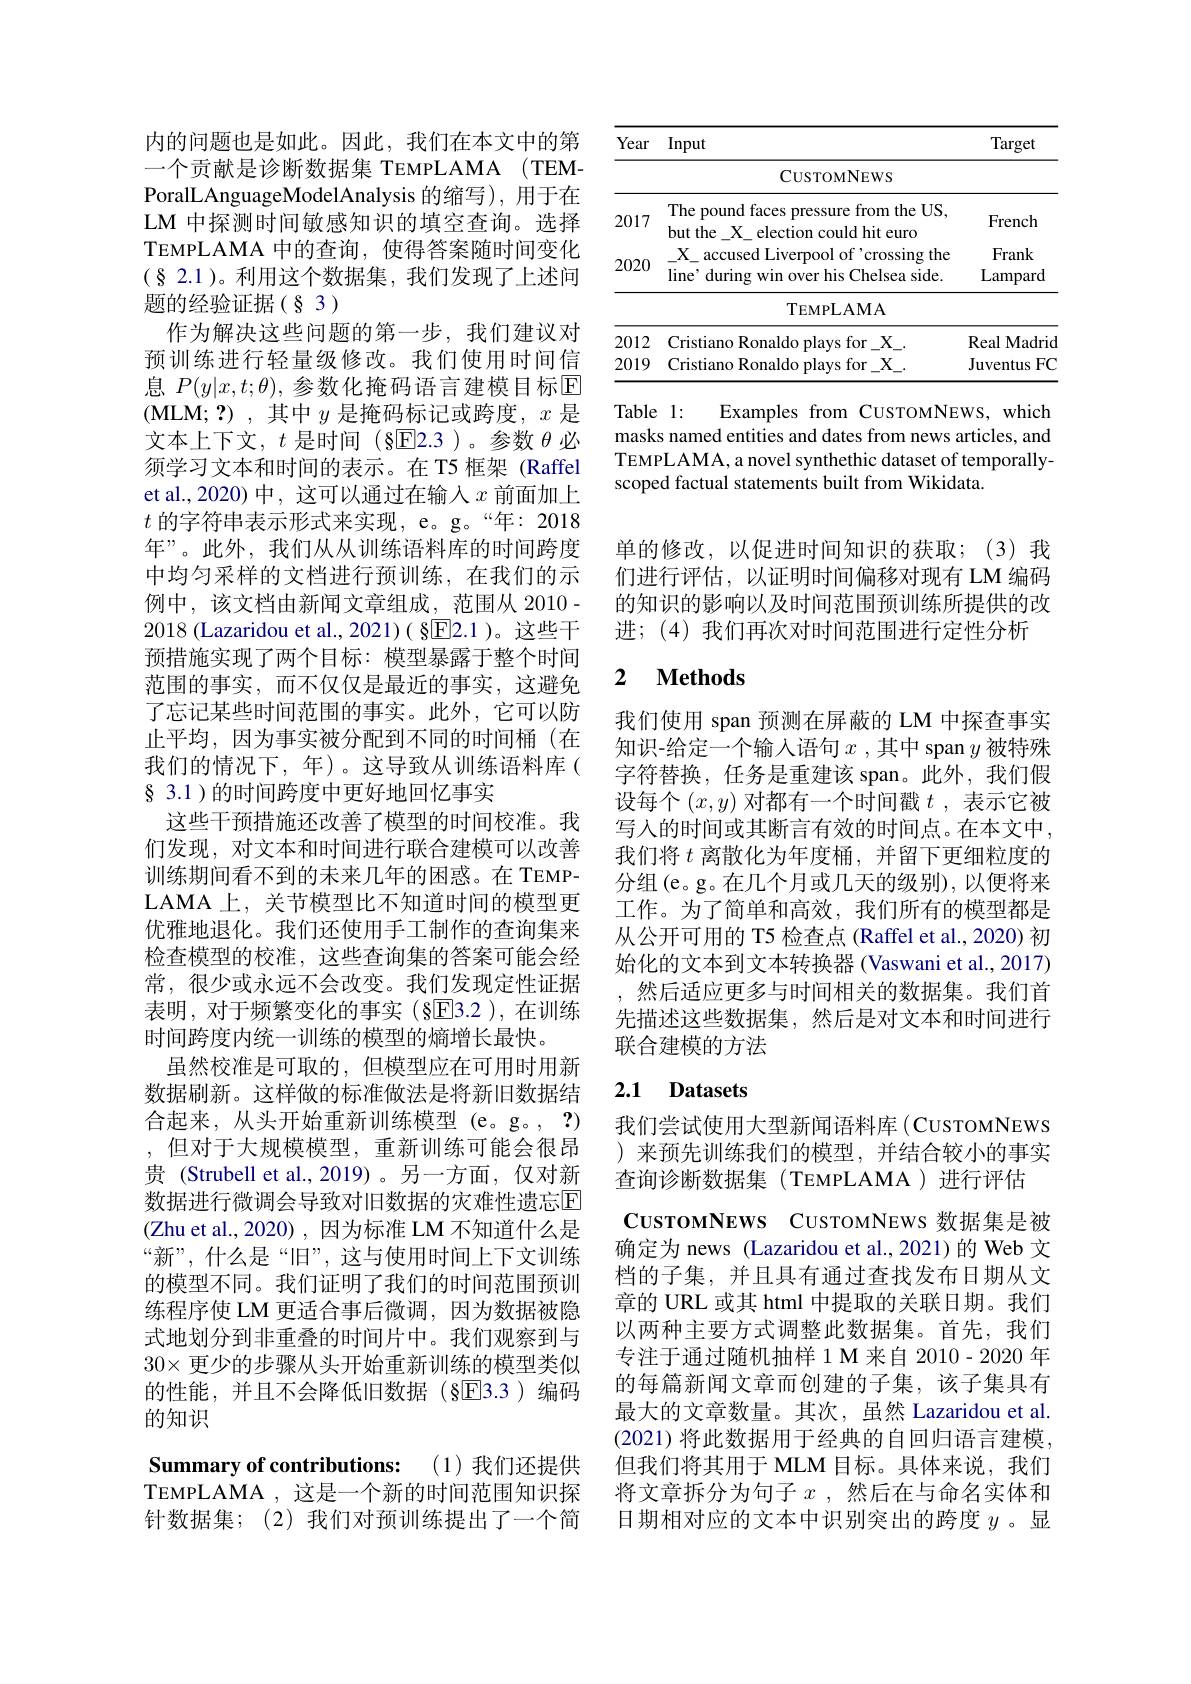
内的问题也是如此。因此，我们在本文中的第一个贡献是诊断数据集 TEMPLAMA(TEMPoralLAnguageModelAnalysis 的缩写),用于在LM 中探测时间敏感知识的填空查询。选择TEMPLAMA 中的查询，使得答案随时间变化$(\S$ 2.1)。利用这个数据集，我们发现了上述问题的经验证据(§3)
作为解决这些问题的第一步，我们建议对预训练进行轻量级修改。我们使用时间信息$P(y|x,t;\theta)$,参数化掩码语言建模目标回(MLM;?),其中$y$是掩码标记或跨度，$x$是文本上下文，$t$是时间 (§E2.3)。参数$\theta$必须学习文本和时间的表示。在 T5 框架 (Raffel et al.,2020) 中，这可以通过在输入$x$前面加上$t$的字符串表示形式来实现，e。g。“年：2018年”。此外，我们从从训练语料库的时间跨度中均匀采样的文档进行预训练，在我们的示例中，该文档由新闻文章组成，范围从 2010- 2018 (Lazaridou et al., 2021)( §E2.1 )。这些干预措施实现了两个目标：模型暴露于整个时间范围的事实，而不仅仅是最近的事实，这避免了忘记某些时间范围的事实。此外，它可以防止平均，因为事实被分配到不同的时间桶(在我们的情况下，年)。这导致从训练语料库( § 3.1 )的时间跨度中更好地回忆事实
这些干预措施还改善了模型的时间校准。我们发现，对文本和时间进行联合建模可以改善训练期间看不到的未来几年的困惑。在 TEMPLAMA 上，关节模型比不知道时间的模型更优雅地退化。我们还使用手工制作的查询集来检查模型的校准，这些查询集的答案可能会经常，很少或永远不会改变。我们发现定性证据表明，对于频繁变化的事实(§E3.2),在训练时间跨度内统一训练的模型的熵增长最快。
虽然校准是可取的，但模型应在可用时用新数据刷新。这样做的标准做法是将新旧数据结合起来，从头开始重新训练模型(e。g。, $\mathbf{?})$ ,但对于大规模模型，重新训练可能会很昂贵 (Strubell et al.,2019)。另一方面，仅对新数据进行微调会导致对旧数据的灾难性遗忘$\overline{\mathrm{E}}$ (Zhu et al.,2020),因为标准 LM 不知道什么是“新”, 什么是“旧”, 这与使用时间上下文训练的模型不同。我们证明了我们的时间范围预训练程序使 LM 更适合事后微调，因为数据被隐式地划分到非重叠的时间片中。我们观察到与$30\times$更少的步骤从头开始重新训练的模型类似的性能，并且不会降低旧数据(§回3.3)编码的知识
Summary of contributions: (1)我们还提供

TEMPLAMA ,这是一个新的时间范围知识探针数据集；(2)我们对预训练提出了一个简

<table>
	<tbody>
		<tr>
			<th>Year</th>
			<th>Input</th>
			<th>Target</th>
		</tr>
		<tr>
			<td> </td>
			<td>CUSTOMNEWS</td>
			<td> </td>
		</tr>
		<tr>
			<td>2017</td>
			<td>The pound faces pressure from the US, but the\_X\_election could hit euro</td>
			<td>French</td>
		</tr>
		<tr>
			<td>2012</td>
			<td>Cristiano Ronaldo plays for X</td>
			<td>Real Madrid</td>
		</tr>
		<tr>
			<td>2019</td>
			<td>Cristiano Ronaldo plays for X</td>
			<td>Juventus FC</td>
		</tr>
	</tbody>
</table>

Table 1:
Examples from CusTOMNEWS, which
masks named entities and dates from news articles, and TEMPLAMA, a novel synthethic dataset of temporallyscoped factual statements built from Wikidata.

单的修改，以促进时间知识的获取；(3)我们进行评估，以证明时间偏移对现有 LM 编码的知识的影响以及时间范围预训练所提供的改进；(4)我们再次对时间范围进行定性分析

### 2 $\textbf{Methods}$

我们使用 span 预测在屏蔽的 LM 中探查事实知识-给定一个输入语句$x$ ,其中 span $y$ 被特殊字符替换，任务是重建该 span。此外，我们假设每个$(x,y)$对都有一个时间戳$t$ ,表示它被写入的时间或其断言有效的时间点。在本文中， 我们将$t$离散化为年度桶，并留下更细粒度的分组(e。g。在几个月或几天的级别),以便将来工作。为了简单和高效，我们所有的模型都是从公开可用的 T5 检查点 (Raffel et al., 2020) 初始化的文本到文本转换器 (Vaswani et al., 2017) ,然后适应更多与时间相关的数据集。我们首先描述这些数据集，然后是对文本和时间进行联合建模的方法

## 2.1 Datasets

我们尝试使用大型新闻语料库(CUSTOMNEWS )来预先训练我们的模型，并结合较小的事实查询诊断数据集(TEMPLAMA)进行评估
CusroмNEWS CUSTOMNEWS 数据集是被确定为 news (Lazaridou et al.,2021)的 Web 文档的子集，并且具有通过查找发布日期从文章的 URL 或其 html 中提取的关联日期。我们以两种主要方式调整此数据集。首先，我们专注于通过随机抽样 1 M 来自 2010- 2020 年的每篇新闻文章而创建的子集，该子集具有最大的文章数量。其次，虽然 Lazaridou et al. (2021) 将此数据用于经典的自回归语言建模， 但我们将其用于 MLM 目标。具体来说，我们将文章拆分为句子$x$ ,然后在与命名实体和日期相对应的文本中识别突出的跨度$y$ 。显